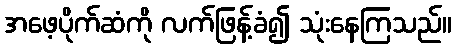
အဖေ့ပိုက်ဆံကို လက်ဖြန့်ခံ၍ သုံးနေကြသည်။